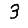
Digit: 3